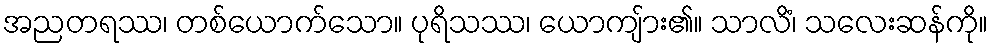
အညတရဿ၊ တစ်ယောက်သော။ ပုရိသဿ၊ ယောကျ်ား၏။ သာလိံ၊ သလေးဆန်ကို။